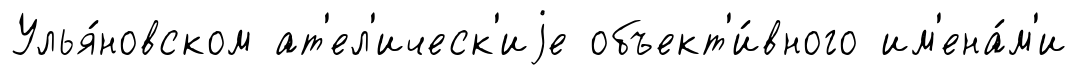
Улья́новском ат'ел'ическ'иjе объект'и́вного им'ена́м'и